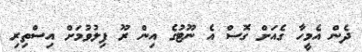
ދެން އެމީހާ ގެއަށް ގޮސް އެ ނޫޓުގެ އިން ރޫ ފިލުވުމަށް އިސްތިރި